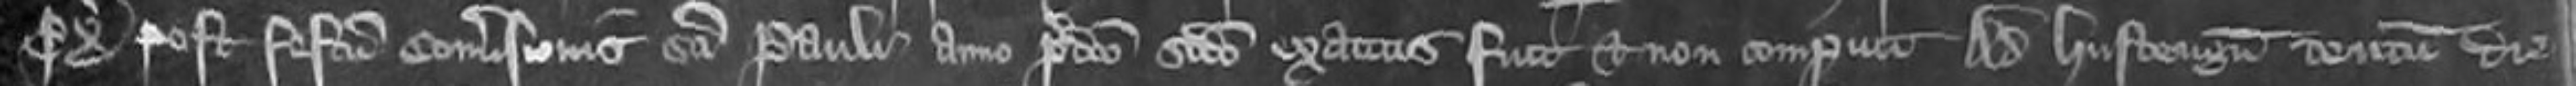
proximo post Festum Conversionis Sancti Pauli anno predicto secundo exactus fuit et non comperuit Ad Hustengum centum die